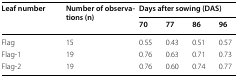
<table><thead><tr><td rowspan="2"><b>Leaf number</b></td><td rowspan="2"><b>Number of observations (n)</b></td><td colspan="4"><b>Days after sowing (DAS)</b></td></tr><tr><td><b>70</b></td><td><b>77</b></td><td><b>86</b></td><td><b>96</b></td></tr></thead><tbody><tr><td>Flag</td><td>15</td><td>0.55</td><td>0.43</td><td>0.51</td><td>0.57</td></tr><tr><td>Flag-1</td><td>19</td><td>0.76</td><td>0.63</td><td>0.71</td><td>0.73</td></tr><tr><td>Flag-2</td><td>19</td><td>0.76</td><td>0.60</td><td>0.74</td><td>0.77</td></tr></tbody></table>